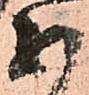
不